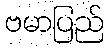
ဗမာပြည်